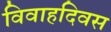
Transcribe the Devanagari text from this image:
विवाहदिवस